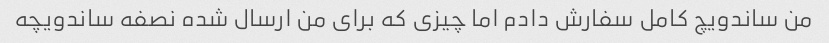
من ساندویچ کامل سفارش دادم اما چیزی که برای من ارسال شده نصفه ساندویچه